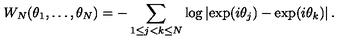
W _ { N } ( \theta _ { 1 } , \ldots , \theta _ { N } ) = - \sum _ { 1 \leq j < k \leq N } \log \left\vert \exp ( i \theta _ { j } ) - \exp ( i \theta _ { k } ) \right\vert .